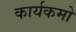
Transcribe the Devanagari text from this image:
कार्यकमो